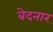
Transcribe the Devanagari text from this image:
बेदनार